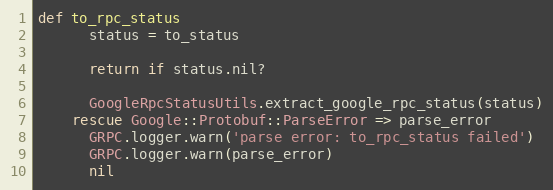
Language: Ruby
def to_rpc_status
      status = to_status

      return if status.nil?

      GoogleRpcStatusUtils.extract_google_rpc_status(status)
    rescue Google::Protobuf::ParseError => parse_error
      GRPC.logger.warn('parse error: to_rpc_status failed')
      GRPC.logger.warn(parse_error)
      nil